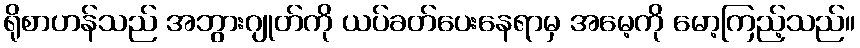
ရိုစာဟန်သည် အဘွားဂျုတ်ကို ယပ်ခတ်ပေးနေရာမှ အမေ့ကို မော့ကြည့်သည်။